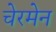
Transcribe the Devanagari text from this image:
चेरमेन